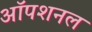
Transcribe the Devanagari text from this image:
ऑपशनल